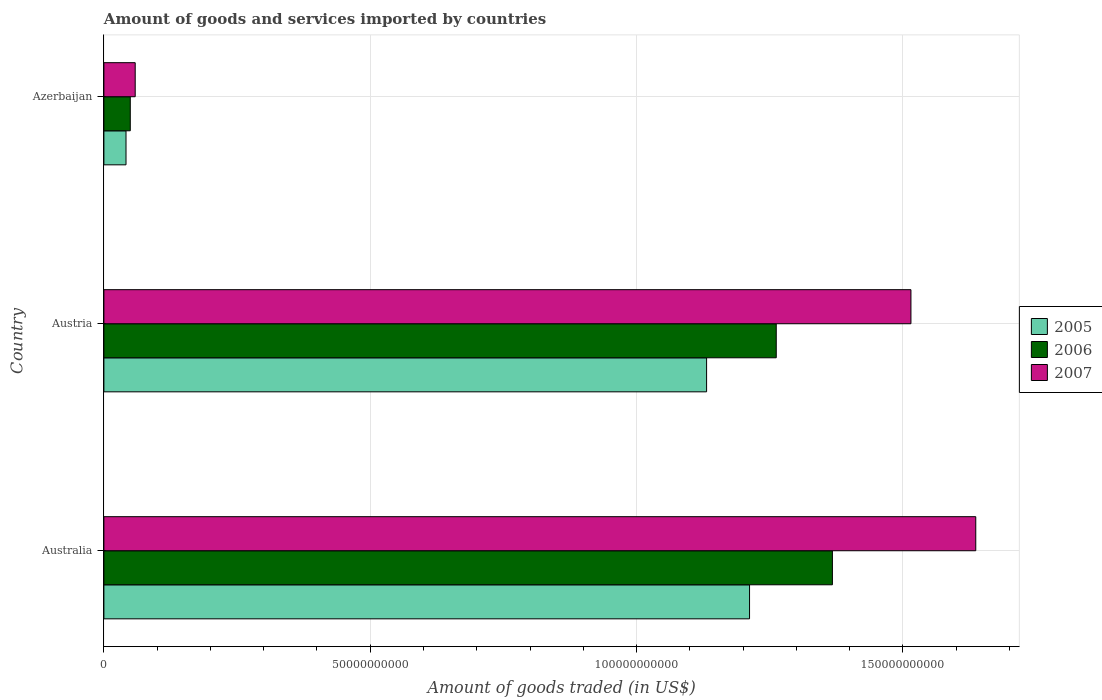
| Country | 2005 | 2006 | 2007 |
 | --- | --- | --- | --- |
 | Australia | 1.21e+11 | 1.37e+11 | 1.64e+11 |
 | Austria | 1.13e+11 | 1.26e+11 | 1.52e+11 |
 | Azerbaijan | 4.15e+09 | 4.95e+09 | 5.88e+09 |